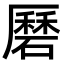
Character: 磿